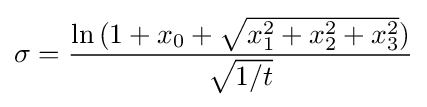
\sigma ={\frac {\ln {(1+x_{0}+{\sqrt {x_{1}^{2}+x_{2}^{2}+x_{3}^{2}}})}}{\sqrt {1/t}}}